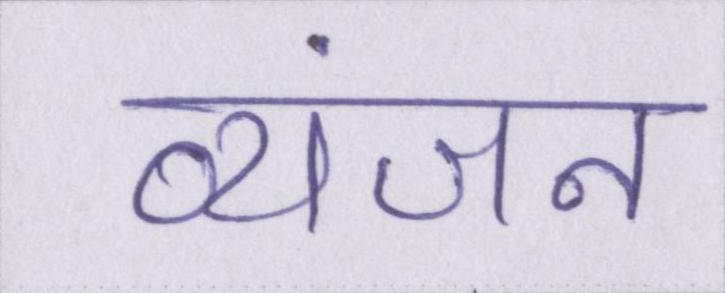
व्यंजन